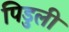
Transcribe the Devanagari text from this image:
पिडुली